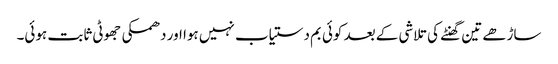
ساڑھے تین گھنٹے کی تلاشی کے بعد کوئی بم دستیاب نہیں ہوا اور دھمکی جھوٹی ثابت ہوئی۔